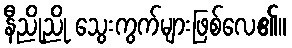
နီညိုညို သွေးကွက်များဖြစ်လေ၏။